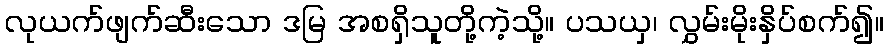
လုယက်ဖျက်ဆီးသော ဒမြ အစရှိသူတို့ကဲ့သို့။ ပသယှ၊ လွှမ်းမိုးနှိပ်စက်၍။